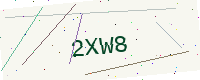
Text: 2XW8